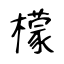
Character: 檬